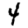
Digit: 4